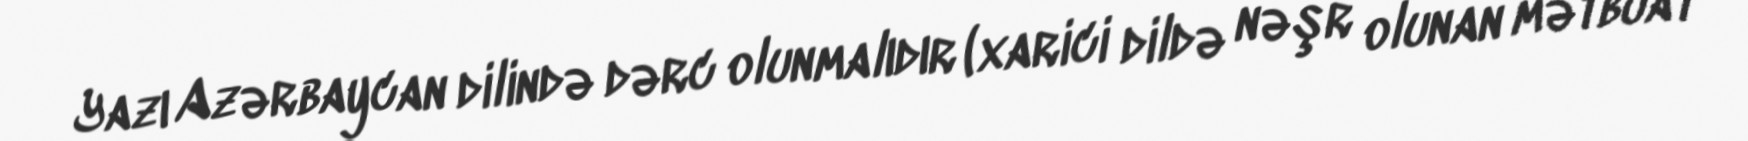
Yazı Azərbaycan dilində dərc olunmalıdır (xarici dildə nəşr olunan mətbuat